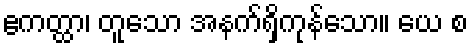
ဧကတ္ထာ၊ တူသော အနက်ရှိကုန်သော။ ယေ စ